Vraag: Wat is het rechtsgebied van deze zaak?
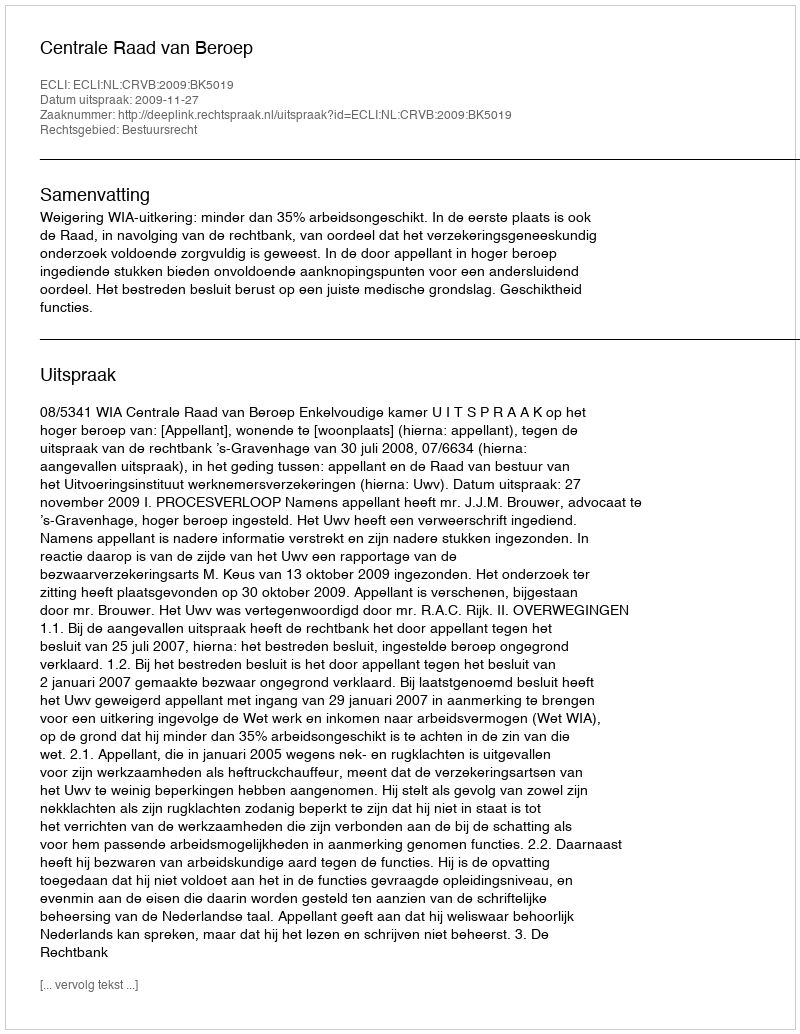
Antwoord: Bestuursrecht